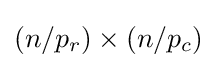
(n/p_{r})\times (n/p_{c})